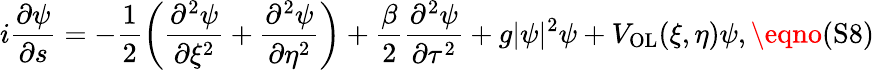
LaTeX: i\frac{\partial\psi}{\partial s}=-\frac{1}{2}\left(\frac{\partial^{2}\psi}{\partial\xi^{2}}+\frac{\partial^{2}\psi}{\partial\eta^{2}}\right)+\frac{\beta}{2}\frac{\partial^{2}\psi}{\partial\tau^{2}}+g|\psi|^{2}\psi+V_{\textrm{OL}}(\xi,\eta)\psi,\eqno{(\textrm{S8})}